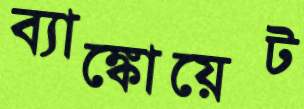
ব্যাঙ্কোয়েট